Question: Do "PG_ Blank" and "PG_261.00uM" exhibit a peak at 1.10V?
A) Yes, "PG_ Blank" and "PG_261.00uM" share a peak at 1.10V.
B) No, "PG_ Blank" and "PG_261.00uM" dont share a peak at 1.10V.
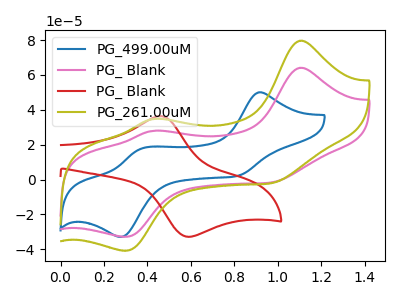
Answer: <think>The blue curve "PG_499.00uM" has anodic peaks at (0.90V, 50.05uA) (0.35V, 17.75uA) and cathodic peaks at (0.80V, 2.10uA) (0.30V, -32.90uA). The pink curve "PG_ Blank" has anodic peaks at (1.10V, 64.15uA) (0.45V, 27.95uA) and cathodic peaks at (1.00V, -1.45uA) (0.30V, -32.90uA). The red curve "PG_ Blank" has an anodic peak at (0.45V, 36.40uA) and a cathodic peak at (0.60V, -32.75uA). The olive curve "PG_261.00uM" has anodic peaks at (1.10V, 79.70uA) (0.45V, 34.75uA) and cathodic peaks at (1.00V, -1.80uA) (0.30V, -40.90uA).</think>
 <answer>A) Yes, "PG_ Blank" and "PG_261.00uM" share a peak at 1.10V.</answer>
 <eval>A</eval>